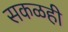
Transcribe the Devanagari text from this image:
सकळही